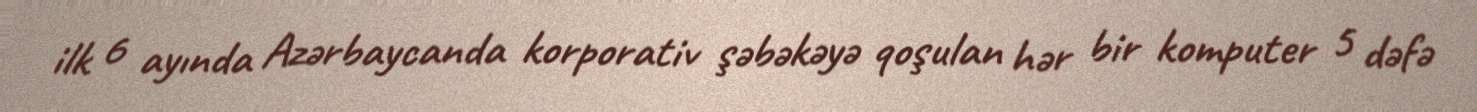
ilk 6 ayında Azərbaycanda korporativ şəbəkəyə qoşulan hər bir komputer 5 dəfə